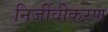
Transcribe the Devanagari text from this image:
निर्जीवीकरण